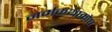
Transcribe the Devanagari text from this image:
नर्मकथाकोष